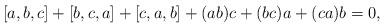
LaTeX: \begin{align*} [a, b, c]+ [b,c,a]+[c,a,b]+(ab)c+(bc)a+(ca)b=0,\end{align*}